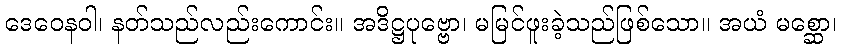
ဒေဝေနဝါ၊ နတ်သည်လည်းကောင်း။ အဒိဋ္ဌပုဗ္ဗော၊ မမြင်ဖူးခဲ့သည်ဖြစ်သော။ အယံ မစ္ဆော၊